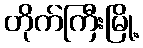
တိုက်ကြီးမြို့